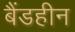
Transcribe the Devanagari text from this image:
बैंडहीन